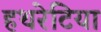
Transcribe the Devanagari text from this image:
हथरेटिया